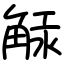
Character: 觨